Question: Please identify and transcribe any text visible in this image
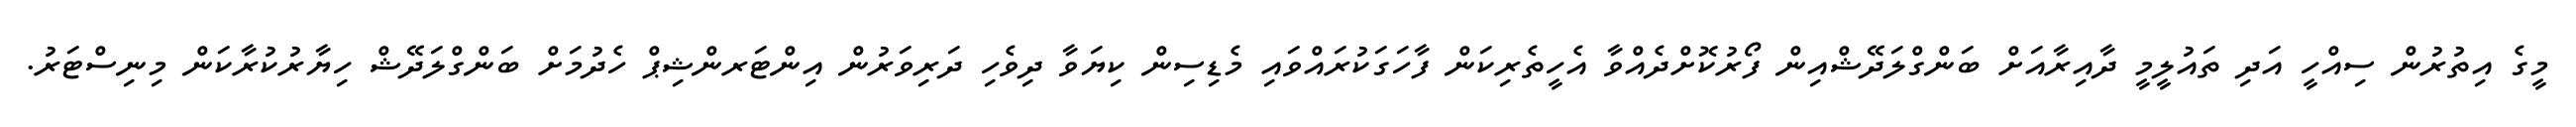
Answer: މީގެ އިތުރުން ސިއްހީ އަދި ތައުލީމީ ދާއިރާއަށް ބަންގްލަދޭޝްއިން ފޯރުކޮށްދެއްވާ އެހީތެރިކަން ފާހަގަކުރައްވައި މެޑިސިން ކިޔަވާ ދިވެހި ދަރިވަރުން އިންޓަރންޝިޕް ހެދުމަށް ބަންގްލަދޭޝް ހިޔާރުކުރާކަން މިނިސްޓަރު.